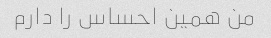
من همین احساس را دارم